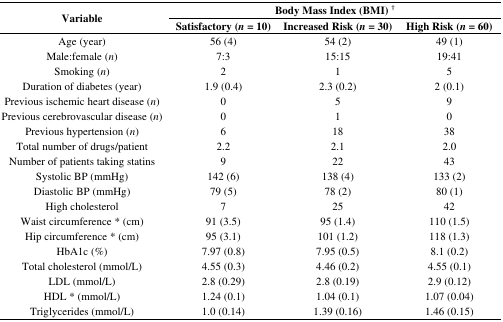
<table><thead><tr><td rowspan="2"><b>Variable</b></td><td colspan="3"><b>Body Mass Index (BMI) <sup>†</sup></b></td></tr><tr><td><b>Satisfactory (<i>n =</i> 10)</b></td><td><b>Increased Risk (<i>n =</i> 30)</b></td><td><b>High Risk (<i>n =</i> 60)</b></td></tr></thead><tbody><tr><td>Age (year)</td><td>56 (4)</td><td>54 (2)</td><td>49 (1)</td></tr><tr><td>Male:female (<i>n</i>)</td><td>7:3</td><td>15:15</td><td>19:41</td></tr><tr><td>Smoking (<i>n</i>)</td><td>2</td><td>1</td><td>5</td></tr><tr><td>Duration of diabetes (year)</td><td>1.9 (0.4)</td><td>2.3 (0.2)</td><td>2 (0.1)</td></tr><tr><td>Previous ischemic heart disease (<i>n</i>)</td><td>0</td><td>5</td><td>9</td></tr><tr><td>Previous cerebrovascular disease (<i>n</i>)</td><td>0</td><td>1</td><td>0</td></tr><tr><td>Previous hypertension (<i>n</i>)</td><td>6</td><td>18</td><td>38</td></tr><tr><td>Total number of drugs/patient</td><td>2.2</td><td>2.1</td><td>2.0</td></tr><tr><td>Number of patients taking statins</td><td>9</td><td>22</td><td>43</td></tr><tr><td>Systolic BP (mmHg)</td><td>142 (6)</td><td>138 (4)</td><td>133 (2)</td></tr><tr><td>Diastolic BP (mmHg)</td><td>79 (5)</td><td>78 (2)</td><td>80 (1)</td></tr><tr><td>High cholesterol</td><td>7</td><td>25</td><td>42</td></tr><tr><td>Waist circumference * (cm)</td><td>91 (3.5)</td><td>95 (1.4)</td><td>110 (1.5)</td></tr><tr><td>Hip circumference * (cm)</td><td>95 (3.1)</td><td>101 (1.2)</td><td>118 (1.3)</td></tr><tr><td>HbA1c (%)</td><td>7.97 (0.8)</td><td>7.95 (0.5)</td><td>8.1 (0.2)</td></tr><tr><td>Total cholesterol (mmol/L)</td><td>4.55 (0.3)</td><td>4.46 (0.2)</td><td>4.55 (0.1)</td></tr><tr><td>LDL (mmol/L)</td><td>2.8 (0.29)</td><td>2.8 (0.19)</td><td>2.9 (0.12)</td></tr><tr><td>HDL * (mmol/L)</td><td>1.24 (0.1)</td><td>1.04 (0.1)</td><td>1.07 (0.04)</td></tr><tr><td>Triglycerides (mmol/L)</td><td>1.0 (0.14)</td><td>1.39 (0.16)</td><td>1.46 (0.15)</td></tr></tbody></table>